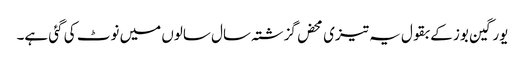
یورگین بوز کے بقول یہ تیزی محض گزشتہ سال سالوں میں نوٹ کی گئی ہے۔